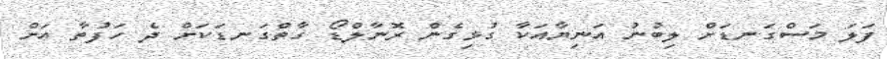
ފަލަ މަސްގަނޑަށް ލިބުނު އަނިޔާއަކާ ގުޅިގެން ރޮނާލްޑޯ ގާތްގަނޑަކަށް ދެ ހަފުތާ އަށް